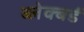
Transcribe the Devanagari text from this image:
ब्लेक्बर्ड